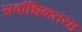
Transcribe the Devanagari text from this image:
सर्वाधिकतया